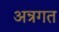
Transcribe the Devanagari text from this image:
अन्रगत